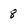
Character: 8